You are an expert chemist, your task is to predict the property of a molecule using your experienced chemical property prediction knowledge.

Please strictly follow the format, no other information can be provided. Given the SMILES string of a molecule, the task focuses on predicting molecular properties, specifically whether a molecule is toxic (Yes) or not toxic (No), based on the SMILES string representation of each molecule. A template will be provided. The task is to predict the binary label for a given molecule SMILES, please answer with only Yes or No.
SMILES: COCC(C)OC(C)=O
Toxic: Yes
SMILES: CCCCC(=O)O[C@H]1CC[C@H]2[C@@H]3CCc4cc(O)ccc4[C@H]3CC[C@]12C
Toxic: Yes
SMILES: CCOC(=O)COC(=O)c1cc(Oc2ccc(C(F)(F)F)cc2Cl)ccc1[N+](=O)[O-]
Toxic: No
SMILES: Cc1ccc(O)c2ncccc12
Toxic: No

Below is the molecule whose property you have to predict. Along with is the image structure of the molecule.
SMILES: CC=C(C)C(=O)OCCC(C)CCC=C(C)C
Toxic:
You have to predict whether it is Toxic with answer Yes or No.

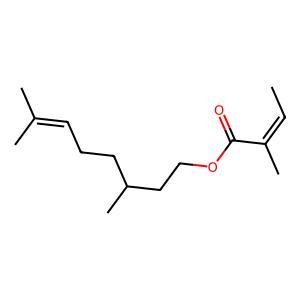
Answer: No